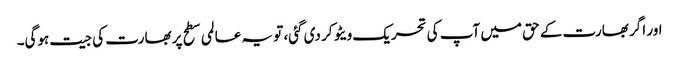
اور اگر بھارت کے حق میں آپ کی تحریک ویٹو کر دی گئی، تو یہ عالمی سطح پر بھارت کی جیت ہوگی۔